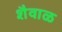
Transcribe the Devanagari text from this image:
शैवाळ